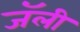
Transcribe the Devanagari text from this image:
जॅली